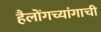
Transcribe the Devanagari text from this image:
हैलोंगच्यांगाची